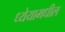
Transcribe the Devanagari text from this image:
ध्येयामधील